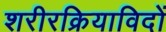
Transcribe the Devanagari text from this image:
शरीरक्रियाविदों